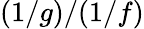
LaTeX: (1/g)/(1/f)